Report on vaccination in Madras 1895-1903 - 1895-1903
Year: 1895
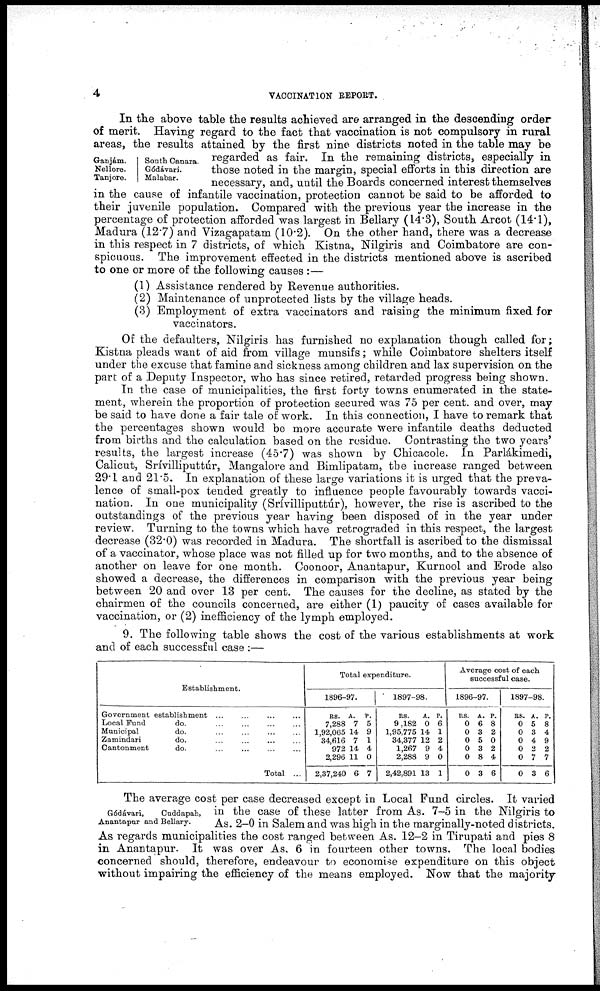
4
VACCINATION REPORT.
Ganjám.
Nellore.
Tanjore.
South Canara.
Gódávari.
Malabar.
In the above table the results achieved are arranged in the descending order
of merit. Having regard to the fact that vaccination is not compulsory in rural
areas, the results attained by the first nine districts noted in the table may be
regarded as fair. In the remaining districts, especially in
those noted in the margin, special efforts in this direction are
necessary, and, until the Boards concerned interest themselves
in the cause of infantile vaccination, protection cannot be said to be afforded to
their juvenile population. Compared with the previous year the increase in the
percentage of protection afforded was largest in Bellary (14.3), South Arcot (14.1),
Madura (12.7) and Vizagapatam (10.2). On the other hand, there was a decrease
in this respect in 7 districts, of which Kistna, Nilgiris and Coimbatore are con-
spicuous. The improvement effected in the districts mentioned above is ascribed
to one or more of the following causes :—
(1) Assistance rendered by Revenue authorities.
(2) Maintenance of unprotected lists by the village heads.
(3) Employment of extra vaccinators and raising the minimum fixed for
vaccinators.
Of the defaulters, Nilgiris has furnished no explanation though called for;
Kistna pleads want of aid from village munsifs; while Coimbatore shelters itself
under the excuse that famine and sickness among children and lax supervision on the
part of a Deputy Inspector, who has since retired, retarded progress being shown.
In the case of municipalities, the first forty towns enumerated in the state-
ment, wherein the proportion of protection secured was 75 per cent. and over, may
be said to have done a fair tale of work. In this connection, I have to remark that
the percentages shown would be more accurate were infantile deaths deducted
from births and the calculation based on the residue. Contrasting the two years'
results, the largest increase (45.7) was shown by Chicacole. In Parlákimedi,
Calicut, Srívilliputtúr, Mangalore and Bimlipatam, the increase ranged between
29.1 and 21.5. In explanation of these large variations it is urged that the preva-
lence of small-pox tended greatly to influence people favourably towards vacci-
nation. In one municipality (Srívilliputtúr), however, the rise is ascribed to the
outstandings of the previous year having been disposed of in the year under
review. Turning to the towns which have retrograded in this respect, the largest
decrease (32.0) was recorded in Madura. The shortfall is ascribed to the dismissal
of a vaccinator, whose place was not filled up for two months, and to the absence of
another on leave for one month. Coonoor, Anantapur, Kurnool and Erode also
showed a decrease, the differences in comparison with the previous year being
between 20 and over 13 per cent. The causes for the decline, as stated by the
chairmen of the councils concerned, are either (1) paucity of cases available for
vaccination, or (2) inefficiency of the lymph employed.
9. The following table shows the cost of the various establishments at work
and of each successful case :—
Establishment.
Government establishment ... ... ... ...
Local Fund
do. ... ... ... ...
Municipal
do. ... ... ... ...
Zamindari
do. ... ... ... ...
Cantonment
do. ... ... ... ...
Total ...
Total expenditure.
1896-97.
RS.
7,288
1,92,065
34,616
972
2,296
2,37,240
A.
7
14
7
14
11
6
P.
5
9
1
4
0
7
1897-98.
RS.
9,182
1,95,775
34,377
1,267
2,288
2,42,891
A.
0
14
12
9
9
13
P.
6
1
2
4
0
1
Average cost of each
successful case.
1896-97.
RS.
0
0
0
0
0
0
A.
6
3
5
3
8
3
P.
8
2
0
2
4
6
1897-98.
RS.
0
0
0
0
0
0
A.
5
3
4
2
7
3
P.
8
4
9
2
7
6
Gódávari,
Cuddapah,
Anantapur and Bellary.
The average cost per case decreased except in Local Fund circles. It varied
in the case of these latter from As. 7-5 in the Nilgiris to
As. 2-0 in Salem and was high in the marginally-noted districts.
As regards municipalities the cost ranged between As. 12-2 in Tirupati and pies 8
in Anantapur. It was over As. 6 in fourteen other towns. The local bodies
concerned should, therefore, endeavour to economise expenditure on this object
without impairing the efficiency of the means employed. Now that the majority